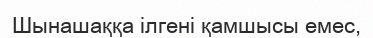
Шынашаққа ілгені қамшысы емес,